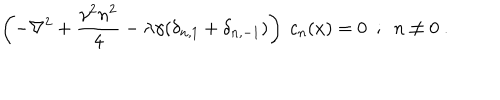
\left( - \nabla ^ { 2 } + \frac { \gamma ^ { 2 } n ^ { 2 } } { 4 } - \lambda \gamma ( \delta _ { n , 1 } + \delta _ { n , - 1 } ) \right) ~ c _ { n } ( x ) = 0 ~ ~ ; ~ ~ n \neq 0 \ .